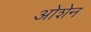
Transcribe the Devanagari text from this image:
ओशेन